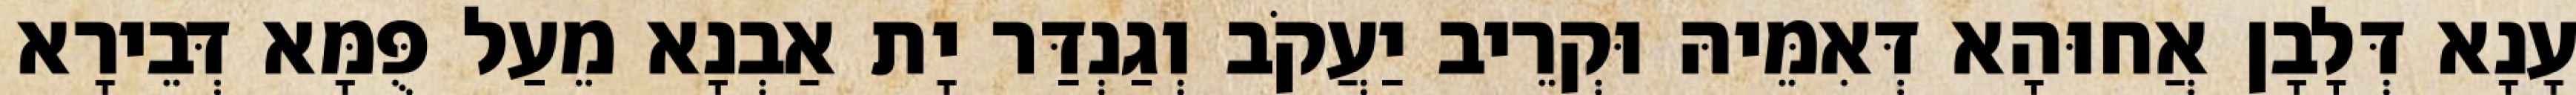
עָנָא דְּלָבָן אֲחוּהָא דְּאִמֵּיהּ וּקְרֵיב יַעֲקֹב וְגַנְדַּר יָת אַבְנָא מֵעַל פֻּמָּא דְּבֵירָא